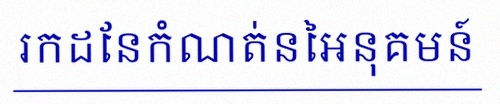
រកដែនកំណត់នៃអនុគមន៍